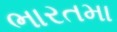
ભારતમા